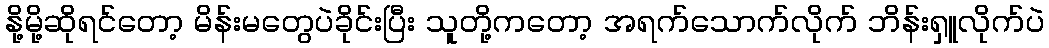
နို့မို့ဆိုရင်တော့ မိန်းမတွေပဲခိုင်းပြီး သူတို့ကတော့ အရက်သောက်လိုက် ဘိန်းရှူလိုက်ပဲ